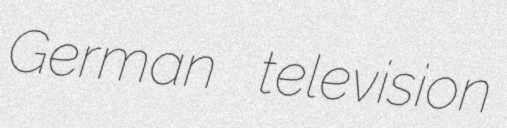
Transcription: German television